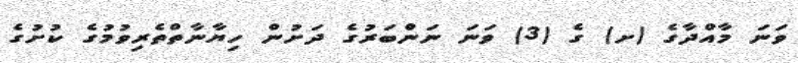
ވަނަ މާއްދާގެ (ށ) ގެ (3) ވަނަ ނަންބަރުގެ ދަށުން ހިޔާނާތްތެރިވުމުގެ ކުށުގެ